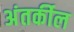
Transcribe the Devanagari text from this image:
अंतर्कील